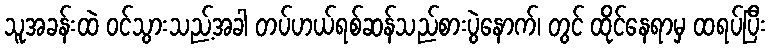
သူအခန်းထဲ ဝင်သွားသည့်အခါ တပ်ဟယ်ရစ်ဆန်သည်စားပွဲနောက်၊ တွင် ထိုင်နေရာမှ ထရပ်ပြီး